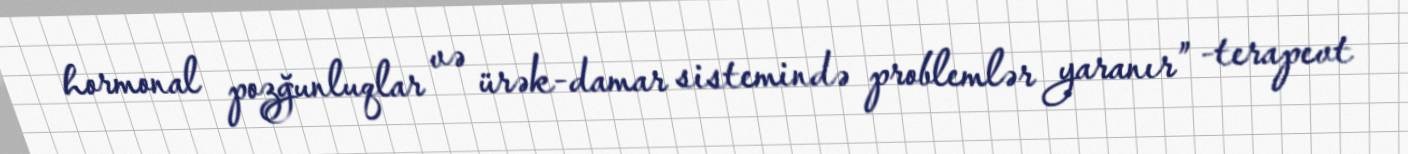
hormonal pozğunluqlar və ürək-damar sistemində problemlər yaranır” -terapevt